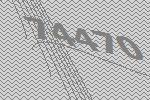
74470